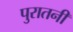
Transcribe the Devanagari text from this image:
पुरातनी